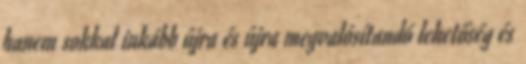
hanem sokkal inkább újra és újra megvalósítandó lehetőség és